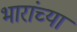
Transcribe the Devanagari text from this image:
भारांच्या